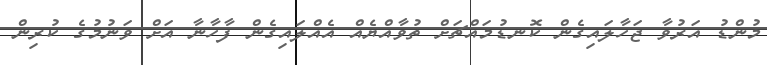
މުންޑު އަރުވާ ޖަހާލައިގެން ކޮނޑުމައްޗަށް ތުވާއްޔެއް އެއްލައިގެން ފާހާނާ އަށް ވަނުމުގެ ކުރިން